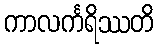
ကာလင်္ကရိဿတိ